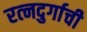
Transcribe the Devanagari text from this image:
रत्‍नदुर्गाची